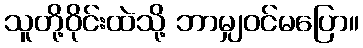
သူတို့ဝိုင်းထဲသို့ ဘာမျှဝင်မပြော။